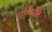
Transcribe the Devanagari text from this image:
पूर्णव्यक्ति